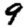
Digit: 9